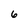
Character: 6